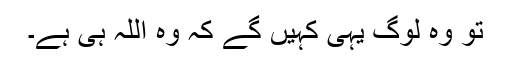
تو وہ لوگ یہی کہیں گے کہ وہ اللہ ہی ہے۔